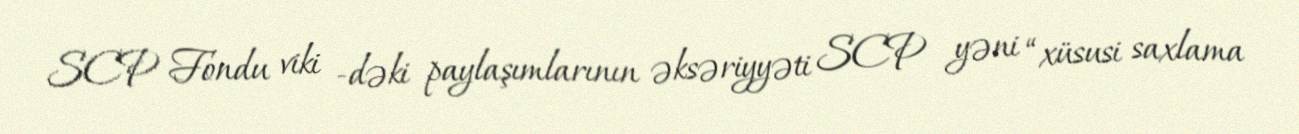
SCP Fondu viki -dəki paylaşımlarının əksəriyyəti SCP yəni “xüsusi saxlama